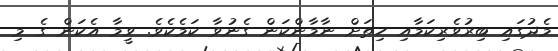
މެދުގައި ބިރުވެރިކަމާއި ހިތަށް ނާމާންކަން ގެނުވާ ކަމެކެވެ. ވީމާ އެކަން ގެ މި